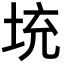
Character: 𡊿